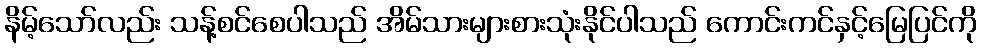
နိမ့်သော်လည်း သန့်စင်စေပါသည် အိမ်သားများစားသုံးနိုင်ပါသည် ကောင်းကင်နှင့်မြေပြင်ကို